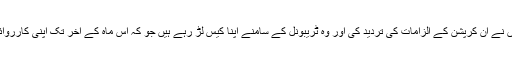
تاہم، دیگر کھلاڑیوں نے ان کرپشن کے الزامات کی تردید کی اور وہ ٹریبونل کے سامنے اپنا کیس لڑ رہے ہیں جو کہ اس ماہ کے آخر تک اپنی کارروائی مکمل کر لے گا۔